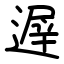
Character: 遟